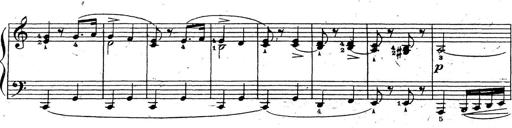
Title: 10 Sonatinas
Composer: Fritz Spindler